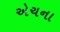
એચના